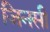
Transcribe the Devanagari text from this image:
जिनसी